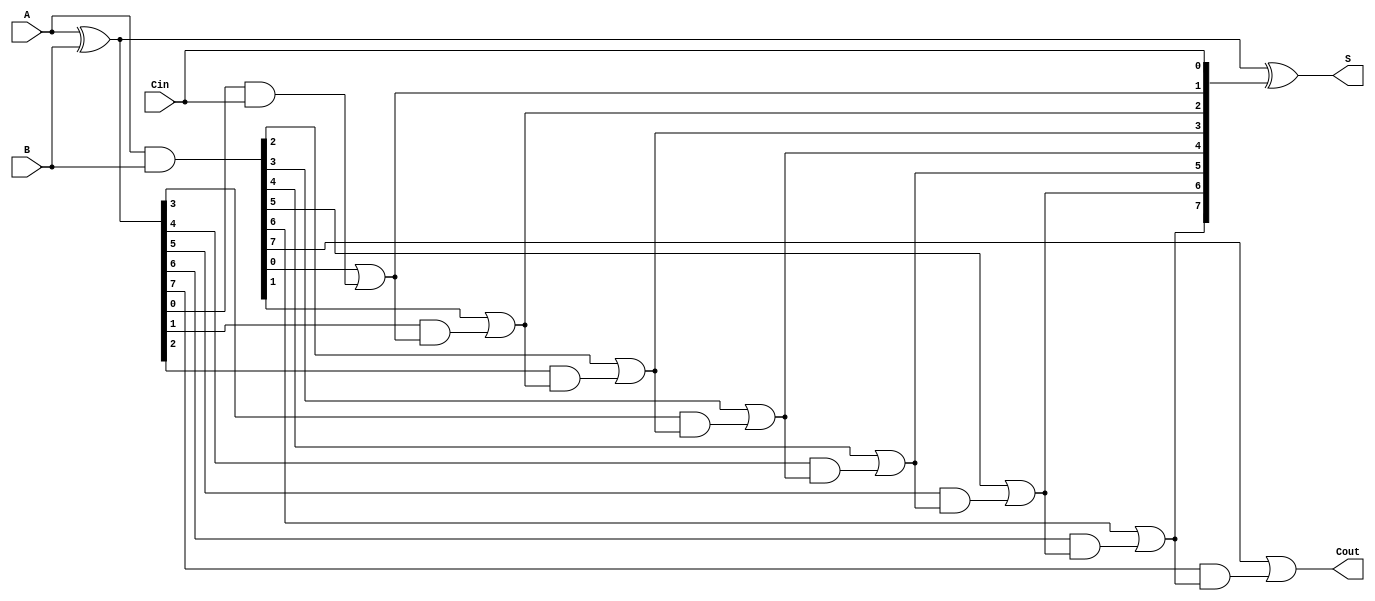
module RCLA #(parameter n = 8) (
    input  [n-1:0] A,    // First operand
    input  [n-1:0] B,    // Second operand
    input         Cin,    // Carry-in
    output [n-1:0] S,     // Sum output
    output        Cout     // Carry-out
);

    wire [n-1:0] G;       // Generate signals
    wire [n-1:0] P;       // Propagate signals
    wire [n:0] C;         // Carry signals

    // Generate and Propagate calculations
    assign G = A & B;       // Gi = Ai AND Bi
    assign P = A ^ B;       // Pi = Ai XOR Bi

    // Carry calculations
    assign C[0] = Cin;      // C0 = Cin
    genvar i;
    generate
        for (i = 0; i < n; i = i + 1) begin : carry_gen
            assign C[i+1] = G[i] | (P[i] & C[i]); // Ci+1 = Gi OR (Pi AND Ci)
        end
    endgenerate

    // Sum calculations
    assign S = A ^ B ^ C[n-1:0]; // Si = Ai XOR Bi XOR Ci

    // Carry-out
    assign Cout = C[n];      // Cout = Cn

endmodule